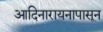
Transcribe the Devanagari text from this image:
आदिनारायनापासून